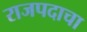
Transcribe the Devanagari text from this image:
राजपदाचा